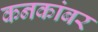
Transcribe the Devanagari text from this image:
कनकांबर